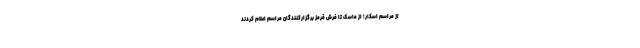
از مراسم اسکار؛ از ماسک تا فرش قرمز برگزارکنندگان مراسم اعلام کردند